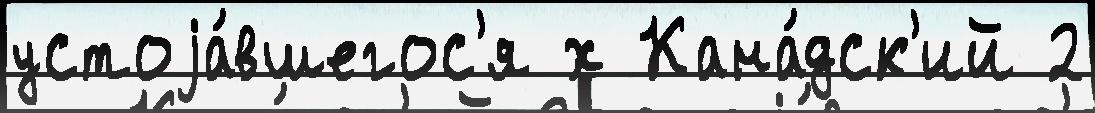
устоjа́вшегос'я х Кана́дск'ий 2